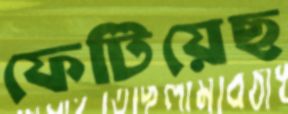
ফেটিয়েছ